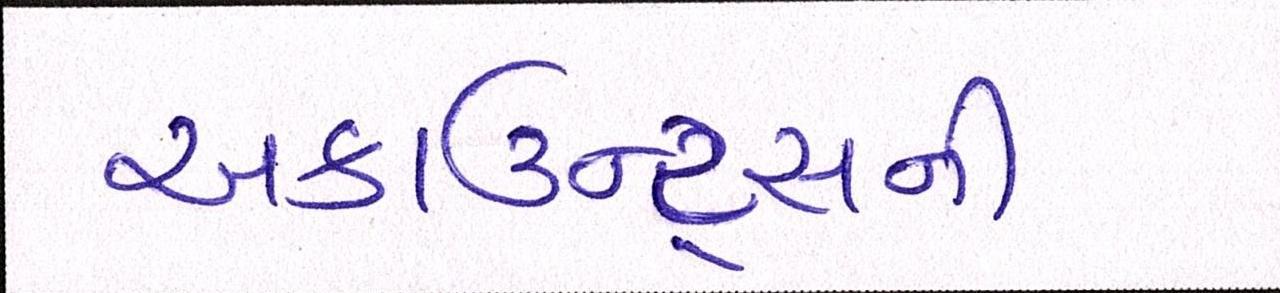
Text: અકાઉન્ટ્સની